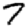
Digit: 7